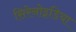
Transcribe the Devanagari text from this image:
सिरेनोइडिया